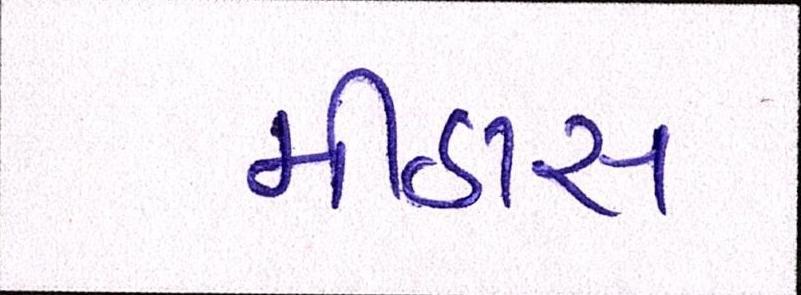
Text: મીઠાસ